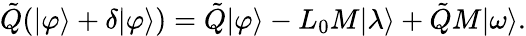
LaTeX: \tilde{Q}(|\varphi\rangle+\delta|\varphi\rangle)=\tilde{Q}|\varphi\rangle-L_{0}M|\lambda\rangle+\tilde{Q}M|\omega\rangle.